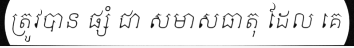
ត្រូវបាន ផ្សំ ជា សមាសធាតុ ដែល គេ